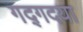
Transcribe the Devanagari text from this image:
गद्गदया